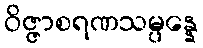
ဝိဇ္ဇာစရဏသမ္ပန္နေ